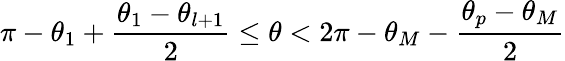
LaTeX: \pi-\theta_{1}+\frac{\theta_{1}-\theta_{l+1}}{2}\le\theta<2\pi-\theta_{M}-\frac{\theta_{p}-\theta_{M}}{2}